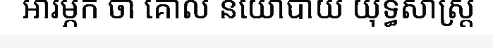
អារម្ភក ថា គោល នយោបាយ យុទ្ធសាស្ត្រ